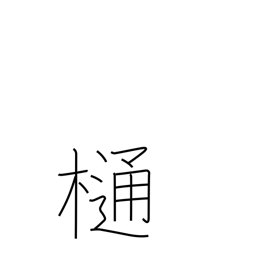
Meaning: downspout